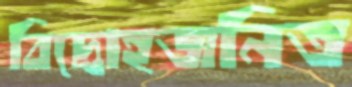
বিদ্রোহজনিত